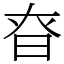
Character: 昚